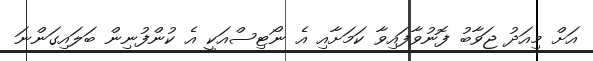
އަށް މިއަދު ޖަވާބު ފޮނުވާފައިވާ ކަމަށާއި އެ ނޯޓިސްއަކީ އެ ކުންފުނިން ބަލައިގަންނަ